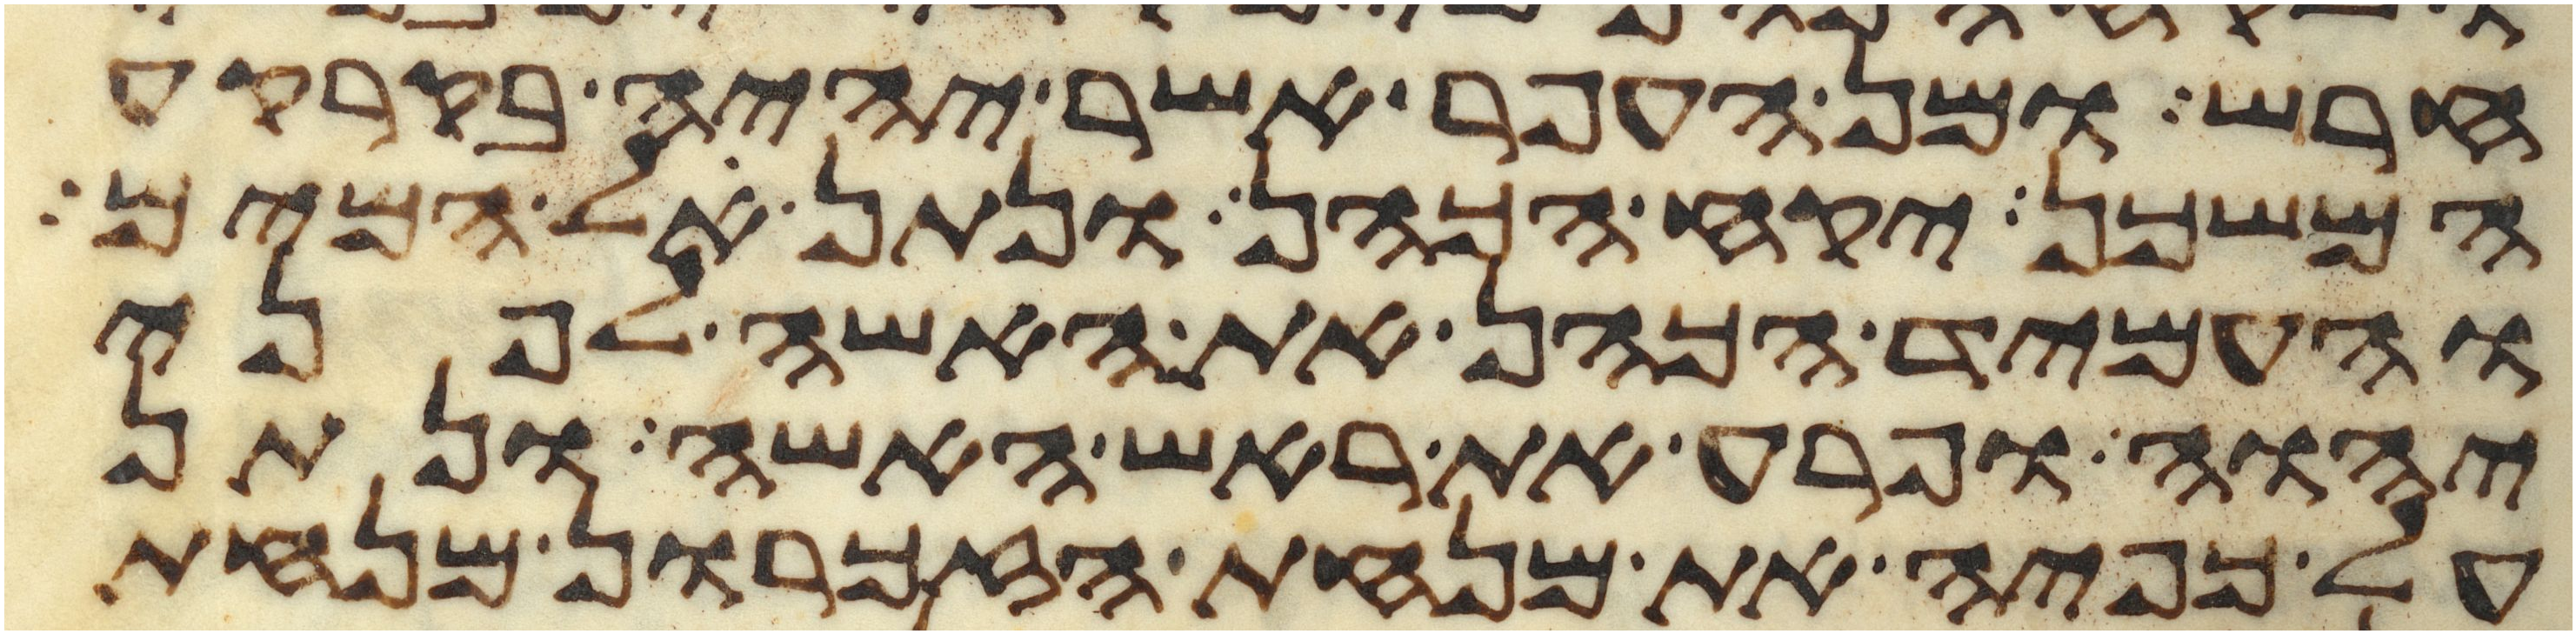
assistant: חרש ומן העפר אשר יהיה בקרקע
המשכן יקח הכהן ונתן אל המים
והעמיד הכהן את האשה לפני
יהוה ופרע את ראש האשה ונתן
על כפיה את מנחת הזכרון מנחת